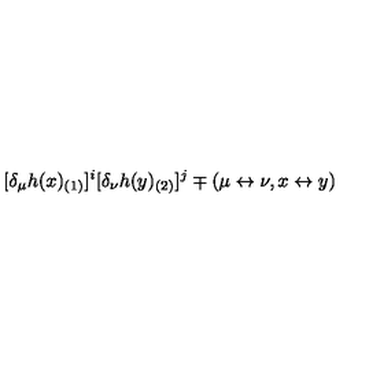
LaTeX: [ \delta _ { \mu } h ( x ) _ { ( 1 ) } ] ^ { i } [ \delta _ { \nu } h ( y ) _ { ( 2 ) } ] ^ { j } \mp ( \mu \leftrightarrow \nu , x \leftrightarrow y )